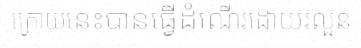
ក្រោយនេះបានធ្វើដំណើរដោយរលួន